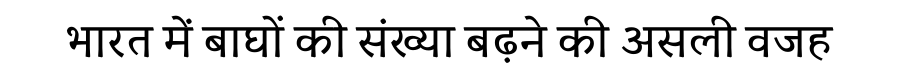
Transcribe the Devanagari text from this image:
भारत में बाघों की संख्या बढ़ने की असली वजह